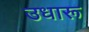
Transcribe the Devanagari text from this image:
उधारू